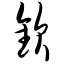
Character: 钦